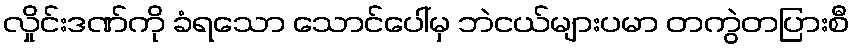
လှိုင်းဒဏ်ကို ခံရသော သောင်ပေါ်မှ ဘဲငယ်များပမာ တကွဲတပြားစီ